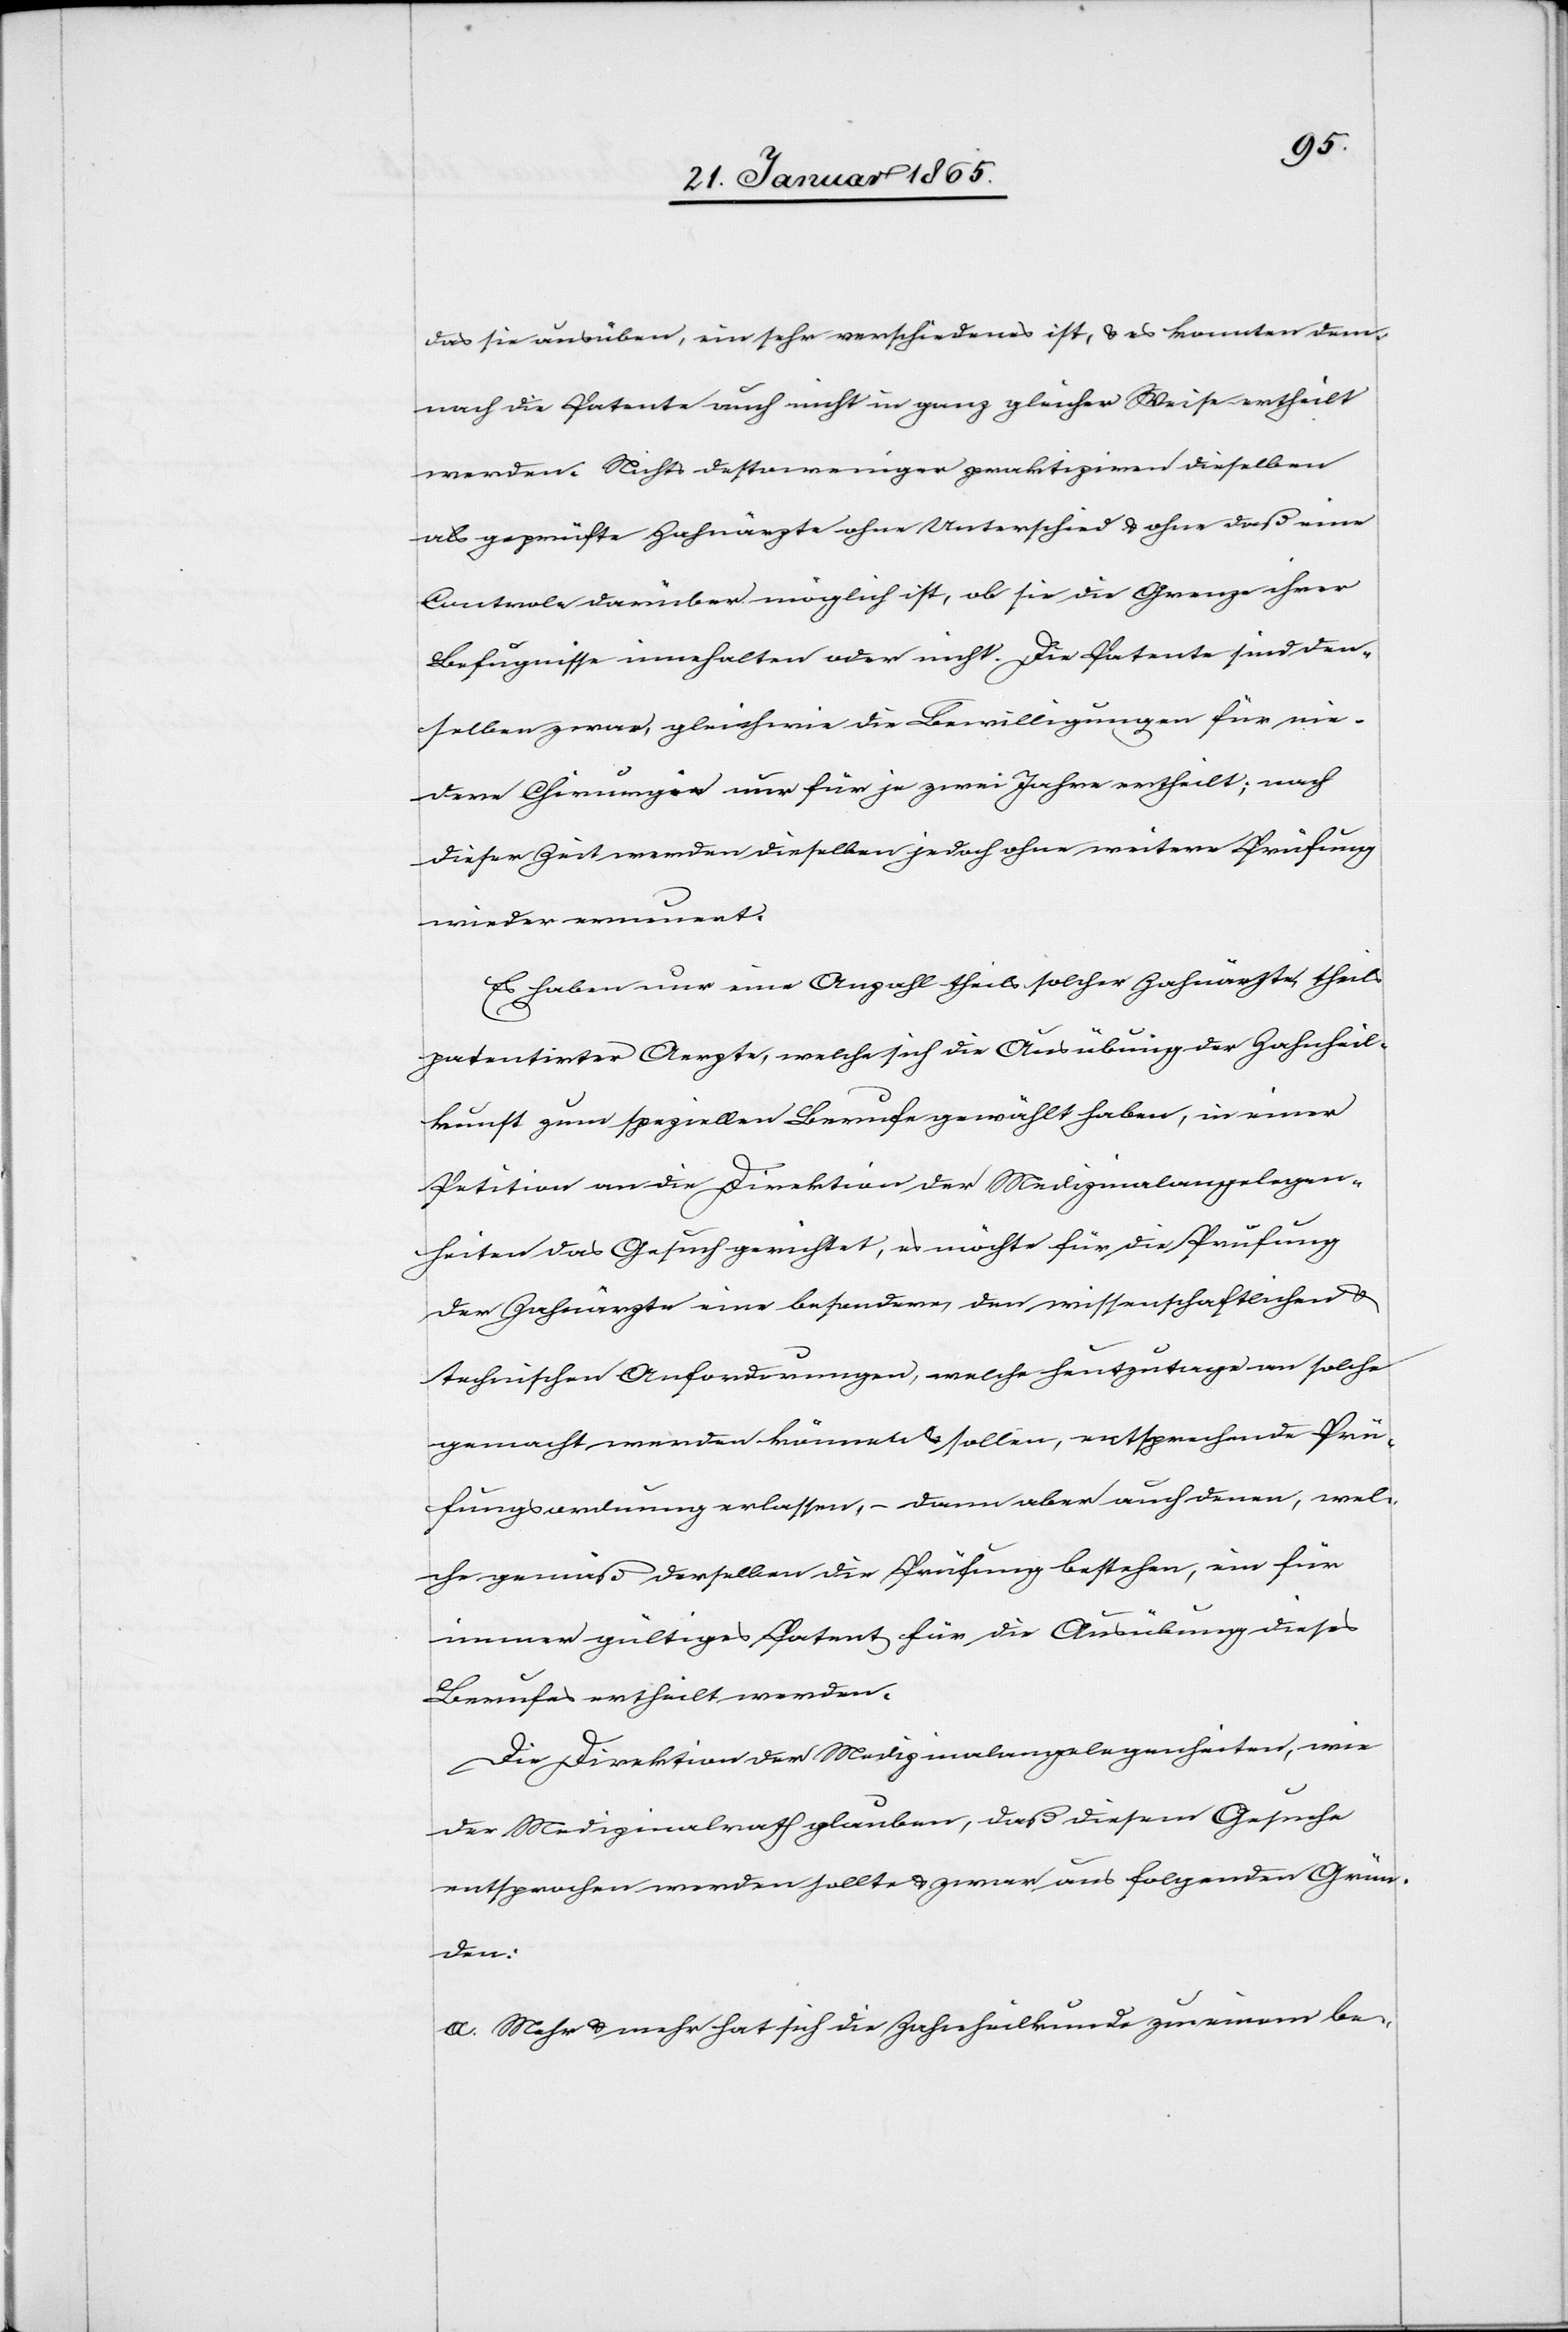
das sie ausüben, ein sehr verschiedenes ist, u. es konnten dem¬
nach die Patente auch nicht in ganz gleicher Weise ertheilt
werden. Nichts destoweniger praktiziren dieselben
als geprüfte Zahnärzte ohne Unterschied u. ohne daß eine
Controle darüber möglich ist, ob sie die Grenze ihrer
Befugnisse innehalten oder nicht. Die Patente sind den¬
selben zwar, gleichwie die Bewilligungen für nie¬
dere Chirurgie nur für je zwei Jahre ertheilt; nach
dieser Zeit werden dieselben jedoch ohne weitere Prüfung
wieder erneuert.
Es haben nun eine Anzahl theils solcher Zahnärzte, theils
patentirter Ärzte, welche sich die Ausübung der Zahnheil¬
kunst zum speziellen Berufe gewählt haben, in einer
Petition an die Direktion der Medizinalangelegen¬
heiten das Gesuch gerichtet, es möchte für die Prüfung
der Zahnärzte eine besondere, den wissenschaftlichen u.
technischen Anforderungen, welche heutzutage an solche
gemacht werden können u. sollen, entsprechende Prü¬
fungsordnung erlassen, – dann aber auch denen, wel¬
che gemäß derselben die Prüfung bestehen, eine für
immer gültiges Patent für die Ausübung dieses
Berufes ertheilt werden.
Die Direktion der Medizinalangelegenheiten, wie
der Medizinalrath glauben, daß diesem Gesuche
entsprochen werden sollte u. zwar aus folgenden Grün¬
den:
a. Mehr u. mehr hat sich die Zahnheilkunde zu einem be-